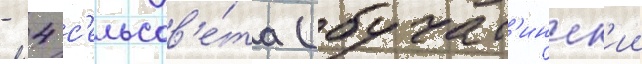
- 4 с'ельсов'е́та (бучат'инск'ии